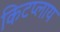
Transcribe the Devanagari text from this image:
किटप्लाय